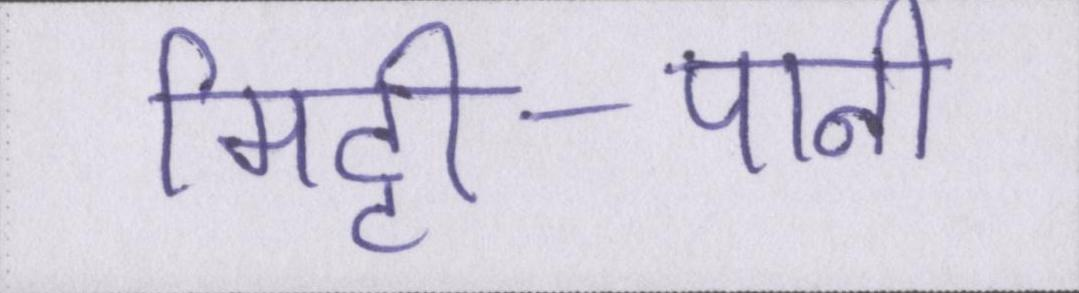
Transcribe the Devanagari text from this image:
मिट्टी-पानी